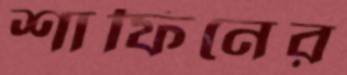
শাফিনের